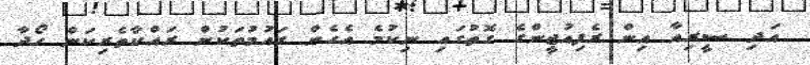
އަދި ސީރިއާ އިން ރެފިއުޖީންގެ ގޮތުގައި ނިކުމެ އެހެން ގައުމުތަކުން ރައްކާތެރިކަން ހޯދާ